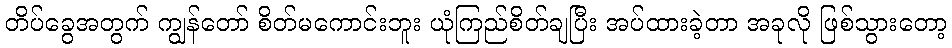
တိပ်ခွေအတွက် ကျွန်တော် စိတ်မကောင်းဘူး ယုံကြည်စိတ်ချပြီး အပ်ထားခဲ့တာ အခုလို ဖြစ်သွားတော့